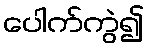
ပေါက်ကွဲ၍